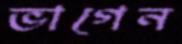
ভাগেন